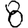
Digit: 8